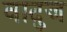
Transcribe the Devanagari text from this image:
वादुज